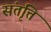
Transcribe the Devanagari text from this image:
संतृत्ति